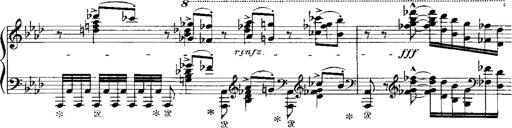
Title: Miserere du Trovatore
Composer: Franz Liszt